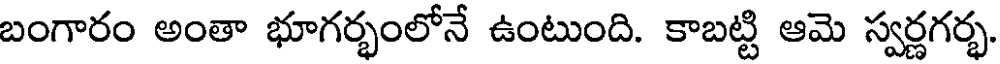
బంగారం అంతా భూగర్భంలోనే ఉంటుంది. కాబట్టి ఆమె స్వర్ణగర్భ.